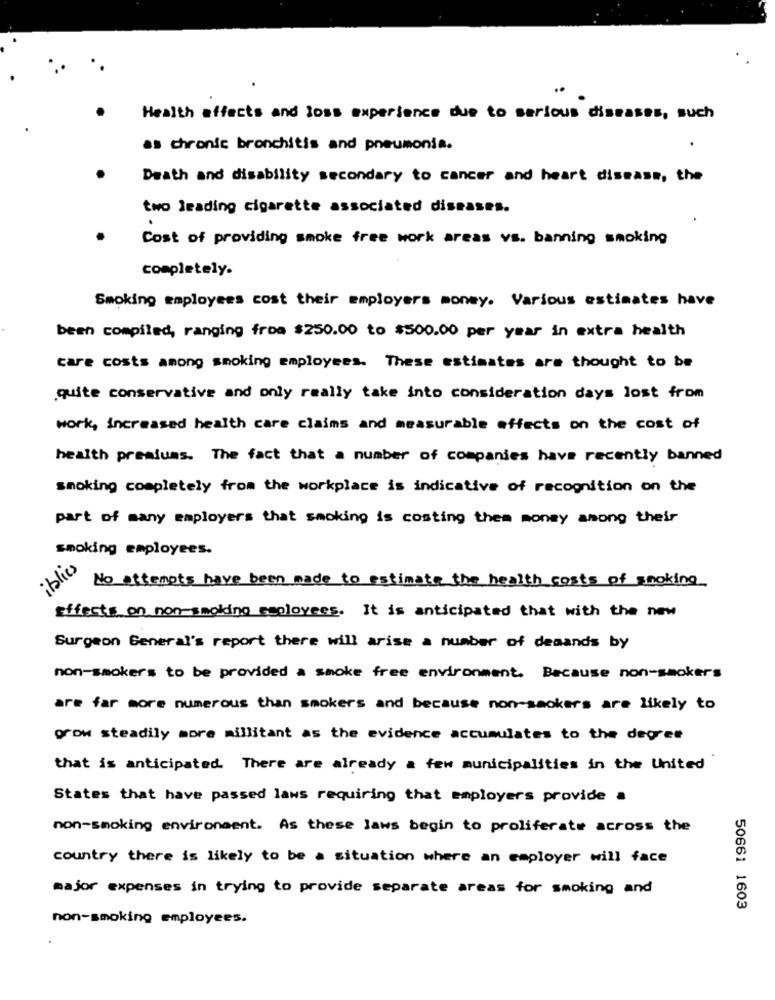
..
Health effects and loss experience due to serious diseases, such
as chronic bronchitis and pneumonia.
Death and disability secondary to cancer and heart disease, the
two leading cigarette associated diseases.
Cost of providing smoke free work areas vs. banning smoking
completely.
Smoking employees cost their employers money. Various estimates have
been compiled, ranging froa $250.00 to $500.00 per year in extra health
care costs among smoking employees. These estimates are thought to be
quite conservative and only really take into consideration days lost from
work, increased health care claims and measurable effects on the cost of
health prealuas. The fact that a number of companies have recently banned
smoking completely from the workplace is indicative of recognition on the
part of many employers that smoking is costing them money among their
smoking employees.
iblies
No attempts have been made to estimate the health costs of smoking
Effects on non-smolding employees. It is anticipated that with the new
Surgeon General's report there will arise a number of deaands by
non-smokers to be provided a smoke free environment. Because non-smokers
are far more numerous than smokers and because non-smokers are likely to
grow steadily more millitant as the evidence accumulates to the degree
that is anticipated. There are already a few municipalities in the United
States that have passed laws requiring that employers provide a
non-smoking environment. As these laws begin to proliferate across the
country there is likely to be a situation where an employer will face
major expenses in trying to provide separate areas for smoking and
50661 1603
non-smoking employees.